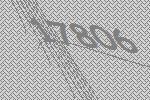
17806